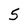
Character: 5